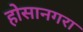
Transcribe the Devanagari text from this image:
होसानगरा